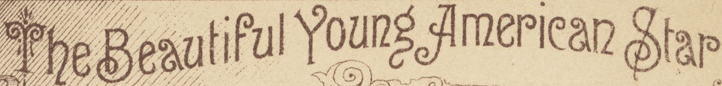
The Beautiful Young American Star